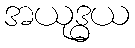
အယုဒ္ဓယ